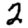
Digit: 2